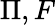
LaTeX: \Pi,F